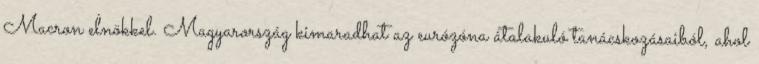
Macron elnökkel. Magyarország kimaradhat az eurózóna átalakuló tanácskozásaiból, ahol